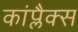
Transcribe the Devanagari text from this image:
कांप्लैक्स